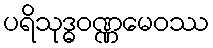
ပရိသုဒ္ဓဝဏ္ဏမေဝဿ